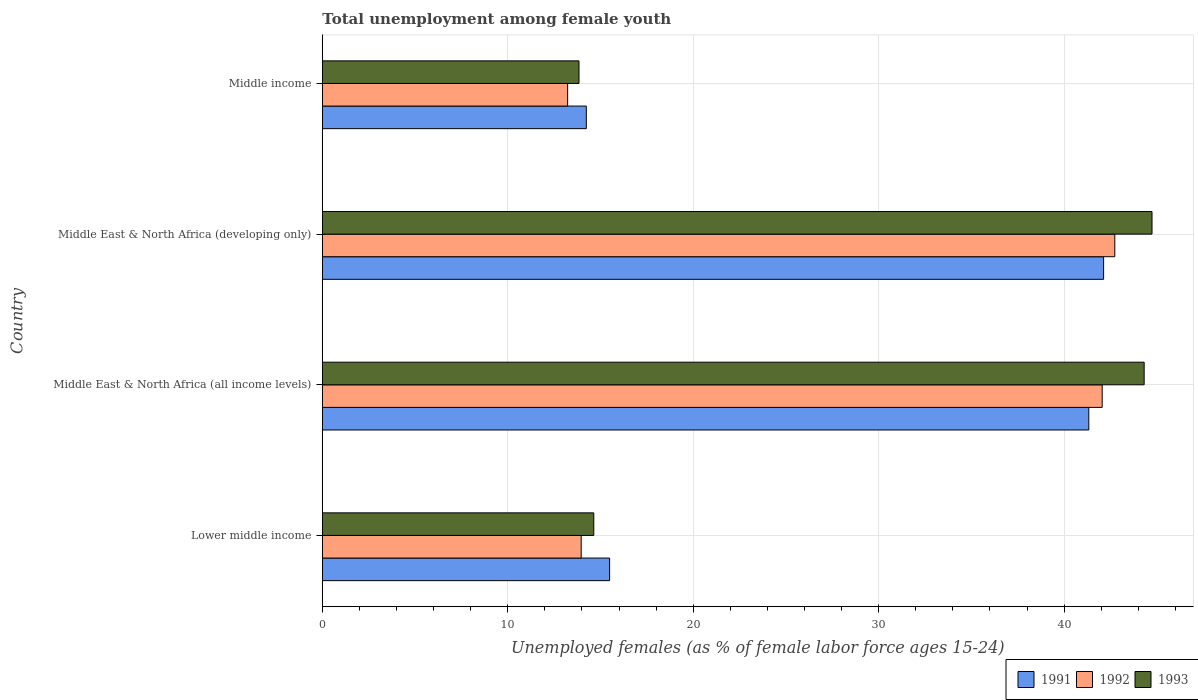
| Country | 1991 | 1992 | 1993 |
 | --- | --- | --- | --- |
 | Lower middle income | 15.5 | 14 | 14.6 |
 | Middle East & North Africa (all income levels) | 41.3 | 42.1 | 44.3 |
 | Middle East & North Africa (developing only) | 42.1 | 42.7 | 44.7 |
 | Middle income | 14.2 | 13.2 | 13.8 |